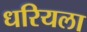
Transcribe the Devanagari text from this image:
धरियला